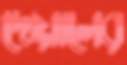
দেয়ালের